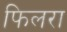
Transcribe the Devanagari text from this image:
फिलरा